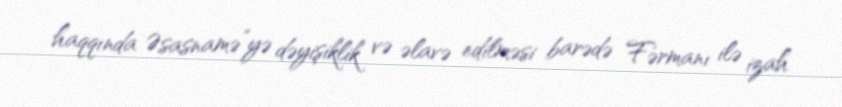
haqqında Əsasnamə”yə dəyişiklik və əlavə edilməsi barədə Fərmanı ilə izah